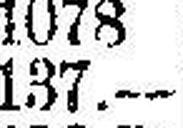
137.—